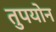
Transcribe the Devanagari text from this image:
तुपयोन